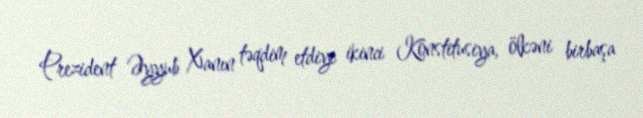
Prezident Əyyub Xanın təqdim etdiyi ikinci Konstitusiya, ölkəni birbaşa